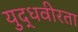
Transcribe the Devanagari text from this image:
युद्धवीरता